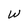
Character: W